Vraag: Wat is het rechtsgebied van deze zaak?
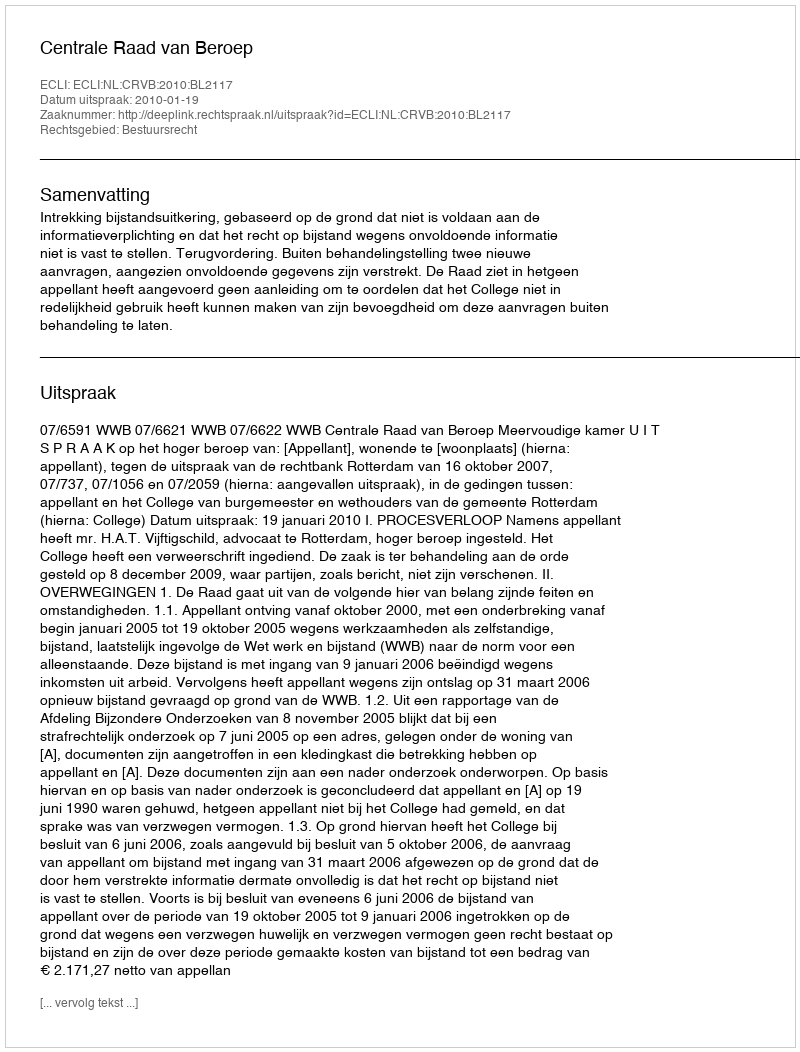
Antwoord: Bestuursrecht